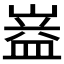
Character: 𭗆